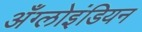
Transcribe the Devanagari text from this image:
अँग्लोइंडियन